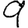
Digit: 9